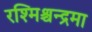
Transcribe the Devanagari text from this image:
रश्मिश्चन्द्रमा